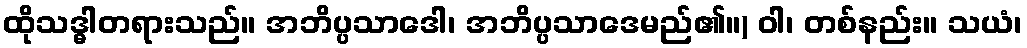
ထိုသဒ္ဓါတရားသည်။ အဘိပ္ပသာဒေါ၊ အဘိပ္ပသာဒေမည်၏။) ဝါ၊ တစ်နည်း။ သယံ၊